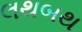
લથબથ